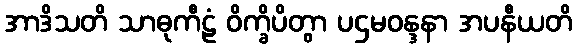
အာဒိသတိ သာဓုကီဠံ ဝိက္ခိပိတွာ ပဌမဝန္ဒနာ အပနီယတိ